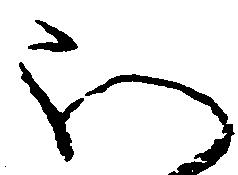
ほ